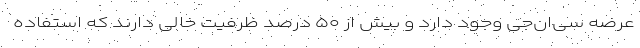
عرضه سی‌ان‌جی وجود دارد و بیش از ۵۰ درصد ظرفیت خالی دارند که استفاده